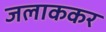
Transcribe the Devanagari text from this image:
जलाककर